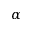
\alpha